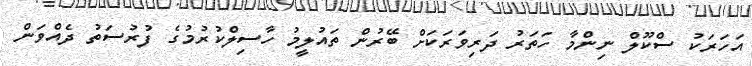
އަހަރަކު ސްކޫލް ނިންމާ ހަތަރު ދަރިވަރަކަށް ބޭރުން ތައުލީމު ހާސިލްކުރުމުގެ ފުރުސަތު ދެއްވަން